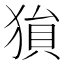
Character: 𪻅